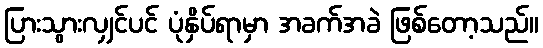
ပြားသွားလျှင်ပင် ပုံနှိပ်ရာမှာ အခက်အခဲ ဖြစ်တော့သည်။